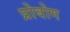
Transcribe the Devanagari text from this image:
प्रोवोग